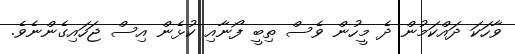
ވާހަކަ ދައްކަމުން ދެ މީހުން ވެސް ތިބީ ފޯނާއި ކުޅެން އިސް ޖަހައިގެންނެވެ.